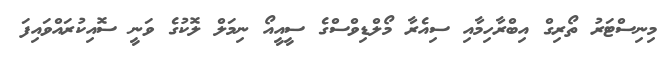
މިނިސްޓަރު ތޯރިގް އިބްރާހިމާއި ސިއެރާ މޯލްޑިވްސްގެ ސީއީއޯ ނިމަލް ލޮކުގެ ވަނީ ސޮއިކުރައްވައިފަ